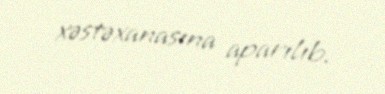
xəstəxanasına aparılıb.